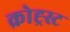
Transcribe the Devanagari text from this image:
क्रोह्र्स्ट